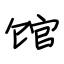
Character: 馆